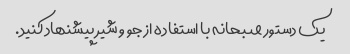
یک دستور صبحانه با استفاده از جو و شیر پیشنهاد کنید.